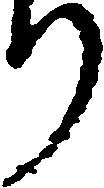
り